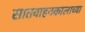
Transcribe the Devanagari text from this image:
सातवाहनकालाच्या